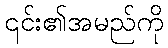
၎င်း၏အမည်ကို